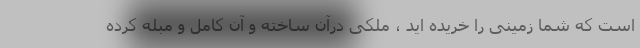
است که شما زمینی را خریده اید ، ملکی درآن ساخته و آن کامل و مبله کرده